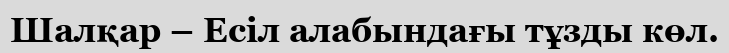
Шалқар – Есіл алабындағы тұзды көл.